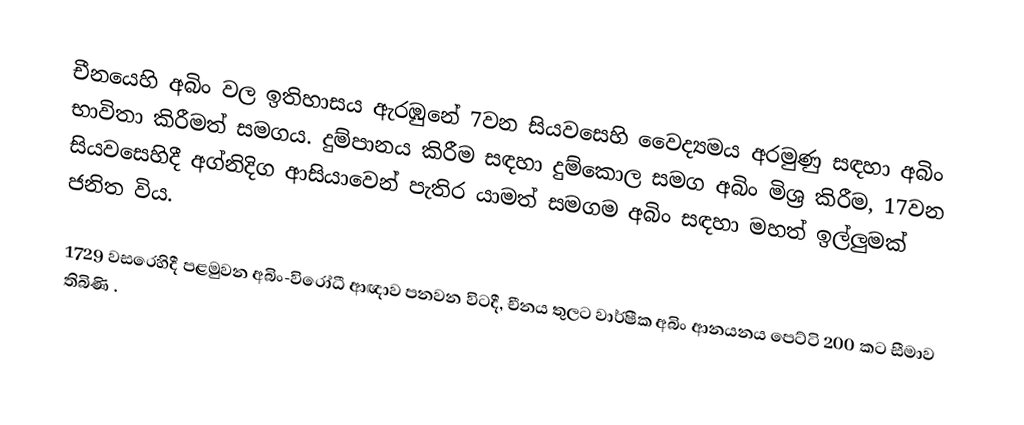
චීනයෙහි අබිං වල ඉතිහාසය ඇරඹුනේ 7වන සියවසෙහි වෛද්‍යමය අරමුණු සඳහා  අබිං භාවිතා කිරීමත් සමගය. දුම්පානය කිරීම සඳහා දුම්කොල සමග අබිං මිශ්‍ර කිරීම,  17වන සියවසෙහිදී  අග්නිදිග ආසියාවෙන් පැතිර යාමත් සමගම අබිං සඳහා මහත් ඉල්ලුමක් ජනිත විය.

1729   වසරෙහිදී පළමුවන අබිං-විරෝධී ආඥාව පනවන විටදී, චීනය තුලට වාර්ෂීක අබිං ආනයනය පෙට්ටි 200 කට සීමාව තිබිණි .